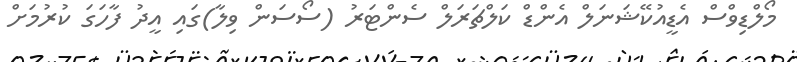
މޯލްޑިވްސް އެޑީއުކޭޝަނަލް އެންޑް ކަލްޗަރަލް ސެންޓަރު (ސޯސަން ވިލާ)ގައި އީދު ފާހަގަ ކުރުމަށް